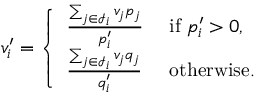
\begin{array} { r } { v _ { i } ^ { \prime } = \left\{ \begin{array} { l l } { \frac { \sum _ { j \in \mathcal { I } _ { i } } v _ { j } p _ { j } } { p _ { i } ^ { \prime } } } & { \mathrm { ~ i f ~ } p _ { i } ^ { \prime } > 0 , } \\ { \frac { \sum _ { j \in \mathcal { I } _ { i } } v _ { j } q _ { j } } { q _ { i } ^ { \prime } } } & { \mathrm { ~ o t h e r w i s e } . } \end{array} \right. } \end{array}